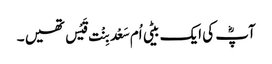
آپؓ کی ایک بیٹی اُم سَعْد بِنْت قَیْس تھیں ۔